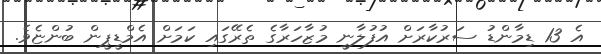
އެ 13 ޑިމާންޑު ސަރުކާރަށް އުފުލާނީ މުޒާހަރާގެ ތެރޭގައި ކަމަށް އެމްޑީޕީން ބުންޏެވެ.